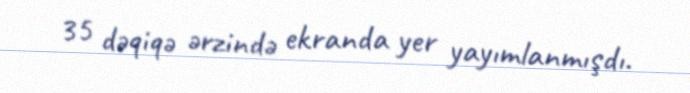
35 dəqiqə ərzində ekranda yer yayımlanmışdı.